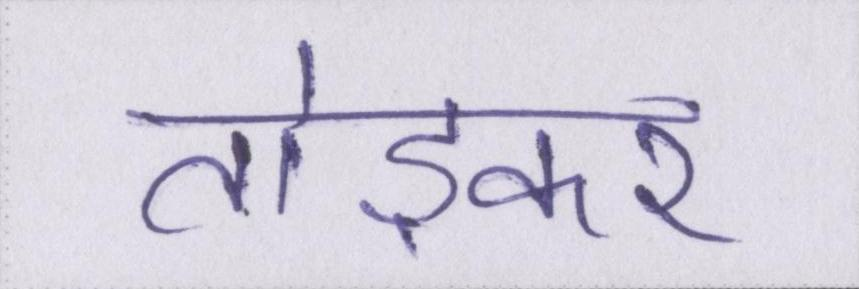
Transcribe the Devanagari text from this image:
तोड़कर